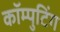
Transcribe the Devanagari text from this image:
कॉम्पुटिंग